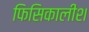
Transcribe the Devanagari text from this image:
फिसिकालीश